Leaving Certificate Examination, 1923
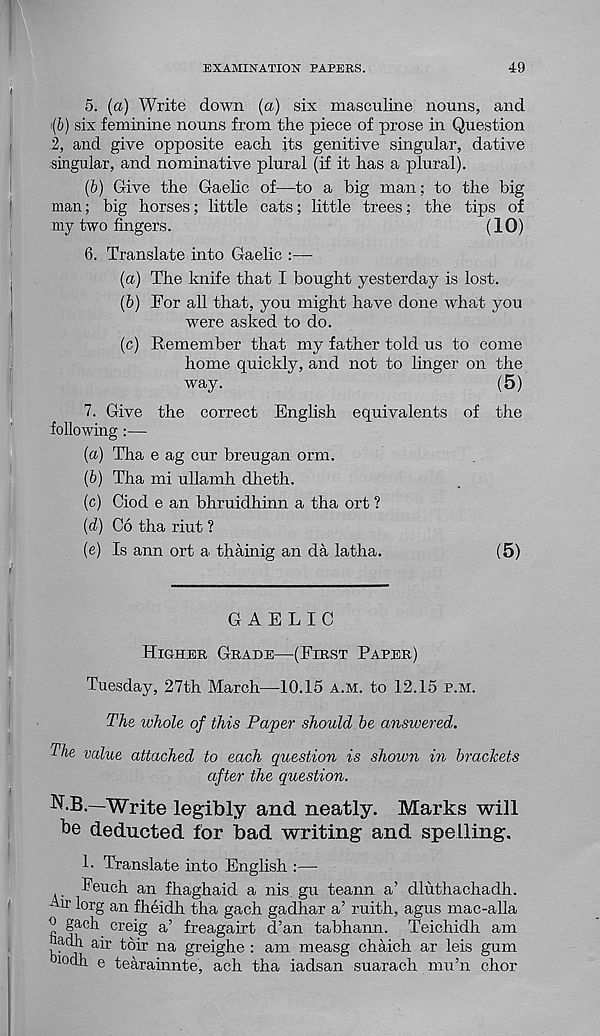
EXAMINATION PAPERS.
49
5. (a) Write down (a) six masculine nouns, and
(b) six feminine nouns from the piece of prose in Question
2, and give opposite each its genitive singular, dative
singular, and nominative plural (if it has a plural).
(6) Give the Gaelic of—to a big man; to the big
man; big horses; little cats; little trees; the tips of
my two fingers.
(10)
6. Translate into Gaelic :—■
(a) The knife that I bought yesterday is lost.
(b) For all that, you might have done what you
were asked to do.
(c) Remember that my father told us to come
home quickly, and not to linger on the
way.
(5)
7. Give the correct English equivalents of the
following :—
(a) Tha e ag cur breugan orm.
{b) Tha mi ullamh dheth.
(c) Ciod e an bhruidhinn a tha ort ?
{d) Co tha riut ?
(e) Is ann ort a thainig an da latha.
(5)
GAELIC
Higher Grade—(First Paper)
Tuesday, 27th March—10.15 a.m. to 12.15 p.m.
The whole of this Paper should be answered.
The value attached to each question is shown in brackets
after the question.
N.B.—Write legibly and neatly. Marks will
be deducted for bad writing and spelling.
L Translate into English :—
Feuch an fhaghaid a nis. gu teann a’ dluthachadh.
Air lorg an fheidh tha gach gadhar a’ ruith, agus mac-alia
° gach creig a’ freagairt d’an tabhann. Teichidh am
adh air toir na greighe : am measg chaich ar leis gum
locih e tearainnte, ach tha iadsan suarach mu’n chor